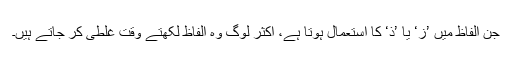
جن الفاظ میں ’ز‘ یا ’ذ‘ کا استعمال ہوتا ہے، اکثر لوگ وہ الفاظ لکھتے وقت غلطی کر جاتے ہیں۔